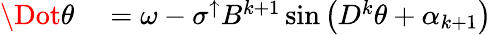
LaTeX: \begin{array}{rl}{\Dot{\theta}}&{{}=\omega-\sigma^{\uparrow}B^{k+1}\sin\left(D^{k}\theta+\alpha_{k+1}\right)}\end{array}